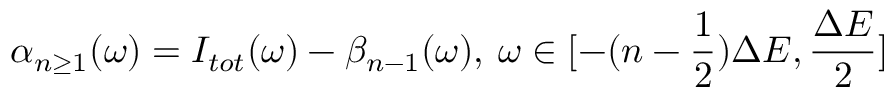
\alpha _ { n \ge 1 } ( \omega ) = I _ { t o t } ( \omega ) - \beta _ { n - 1 } ( \omega ) , \: \omega \in [ - ( n - \frac { 1 } { 2 } ) \Delta E , \frac { \Delta E } { 2 } ]